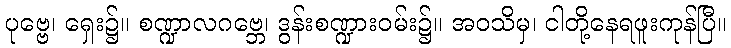
ပုဗ္ဗေ၊ ရှေး၌။ စဏ္ဍာလဂဗ္ဘေ၊ ဒွန်းစဏ္ဍားဝမ်း၌။ အဝသိမှ၊ ငါတို့နေရဖူးကုန်ပြီ။